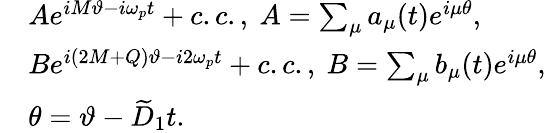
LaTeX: \begin{array}{rl}&{Ae^{iM\vartheta-i\omega_{p}t}+c.c.,~A=\sum_{\mu}a_{\mu}(t)e^{i\mu\theta},}\\ &{Be^{i(2M+Q)\vartheta-i2\omega_{p}t}+c.c.,~B=\sum_{\mu}b_{\mu}(t)e^{i\mu\theta},}\\ &{\theta=\vartheta-\widetilde D_{1}t.}\end{array}